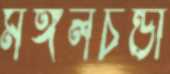
মঙ্গলচন্ডী